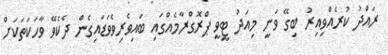
ރައްދު ކުރެއްވިއިރު ބިގޭ ވަނީ މިއަދު ޓީވީ ޕްރޮގްރާމެއްގައި ބައިވެރިވެވަޑައިގެން ދެކެވޭ ވާހަކަތަކަށް